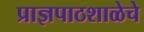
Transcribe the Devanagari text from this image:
प्राज्ञपाठशाळेचे